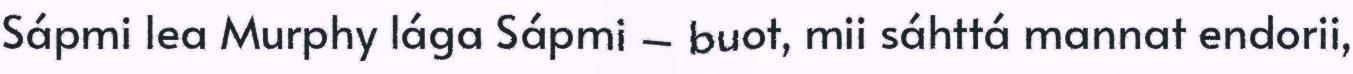
Sápmi lea Murphy lága Sápmi – buot, mii sáhttá mannat endorii,